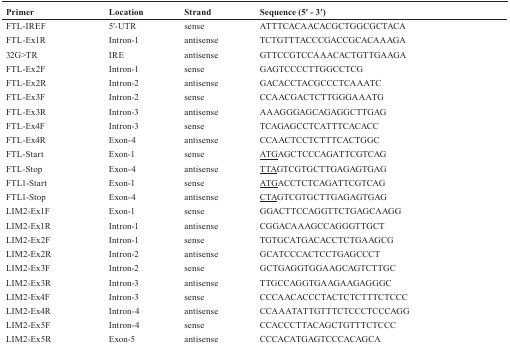
| Primer | Location | Strand | Sequence (5′ - 3′) |
 | --- | --- | --- | --- |
 | FTL-IREF | 5′-UTR | sense | ATTTCACAACACGCTGGCGCTACA |
 | FTL-Ex1R | Intron-1 | antisense | TCTGTTTACCCGACCGCACAAAGA |
 | 32G>TR | IRE | antisense | GTTCCGTCCAAACACTGTTGAAGA |
 | FTL-Ex2F | Intron-1 | sense | GAGTCCCCTTGGCCTCG |
 | FTL-Ex2R | Intron-2 | antisense | GACACCTACGCCCTCAAATC |
 | FTL-Ex3F | Intron-2 | sense | CCAACGACTCTTGGGAAATG |
 | FTL-Ex3R | Intron-3 | antisense | AAAGGGAGCAGAGGCTTGAG |
 | FTL-Ex4F | Intron-3 | sense | TCAGAGCCTCATTTCACACC |
 | FTL-Ex4R | Exon-4 | antisense | CCAACTCCTCTTTCACTGGC |
 | FTL-Start | Exon-1 | sense | <underline>ATG</underline>AGCTCCCAGATTCGTCAG |
 | FTL-Stop | Exon-4 | antisense | <underline>TTA</underline>GTCGTGCTTGAGAGTGAG |
 | FTL1-Start | Exon-1 | sense | <underline>ATG</underline>ACCTCTCAGATTCGTCAG |
 | FTL1-Stop | Exon-4 | antisense | <underline>CTA</underline>GTCGTGCTTGAGAGTGAG |
 | LIM2-Ex1F | Exon-1 | sense | GGACTTCCAGGTTCTGAGCAAGG |
 | LIM2-Ex1R | Intron-1 | antisense | CGGACAAAGCCAGGGTTGCT |
 | LIM2-Ex2F | Intron-1 | sense | TGTGCATGACACCTCTGAAGCG |
 | LIM2-Ex2R | Intron-2 | antisense | GCATCCCACTCCTGAGCCCT |
 | LIM2-Ex3F | Intron-2 | sense | GCTGAGGTGGAAGCAGTCTTGC |
 | LIM2-Ex3R | Intron-3 | antisense | TTGCCAGGTGAAGAAGAGGGC |
 | LIM2-Ex4F | Intron-3 | sense | CCCAACACCCTACTCTCTTTCTCCC |
 | LIM2-Ex4R | Intron-4 | antisense | CCAAATATTGTTTCTCCCTCCCAGG |
 | LIM2-Ex5F | Intron-4 | sense | CCACCCTTACAGCTGTTTCTCCC |
 | LIM2-Ex5R | Exon-5 | antisense | CCCACATGAGTCCCACAGCA |